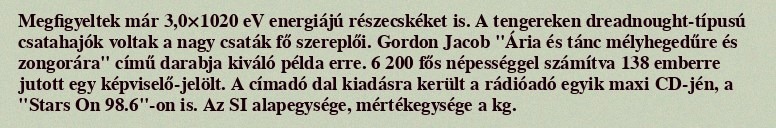
Megfigyeltek már 3,0×1020 eV energiájú részecskéket is. A tengereken dreadnought-típusú csatahajók voltak a nagy csaták fő szereplői. Gordon Jacob "Ária és tánc mélyhegedűre és zongorára" című darabja kiváló példa erre. 6 200 fős népességgel számítva 138 emberre jutott egy képviselő-jelölt. A címadó dal kiadásra került a rádióadó egyik maxi CD-jén, a "Stars On 98.6"-on is. Az SI alapegysége, mértékegysége a kg.